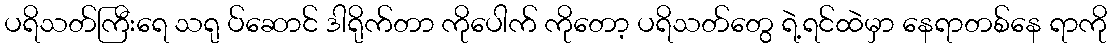
ပရိသတ်ကြီးရေ သရု ပ်ဆောင် ဒါရိုက်တာ ကိုပေါက် ကိုတော့ ပရိသတ်တွေ ရဲ့ရင်ထဲမှာ နေရာတစ်နေ ရာကို